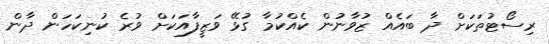
ރިސޯޓުތަކަށް ދާ ބައެއް ޒުވާނުން ކެއްކުމާ ގުޅޭ ވަޒީފާއަކަށް ވުރެ ކުނިކަހަން ދާން